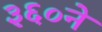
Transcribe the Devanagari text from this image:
३६०ने